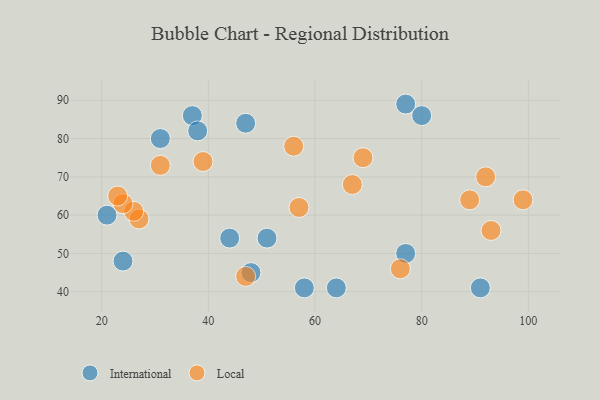
{"axis": {"x": "GDP", "y": "Life Expectancy"}, "legend": ["International", "Local"], "data": [{"x": "21", "y": 60, "type": "International"}, {"x": "77", "y": 89, "type": "International"}, {"x": "37", "y": 86, "type": "International"}, {"x": "77", "y": 50, "type": "International"}, {"x": "80", "y": 86, "type": "International"}, {"x": "44", "y": 54, "type": "International"}, {"x": "24", "y": 48, "type": "International"}, {"x": "58", "y": 41, "type": "International"}, {"x": "91", "y": 41, "type": "International"}, {"x": "64", "y": 41, "type": "International"}, {"x": "47", "y": 84, "type": "International"}, {"x": "31", "y": 80, "type": "International"}, {"x": "51", "y": 54, "type": "International"}, {"x": "38", "y": 82, "type": "International"}, {"x": "48", "y": 45, "type": "International"}, {"x": "92", "y": 70, "type": "Local"}, {"x": "39", "y": 74, "type": "Local"}, {"x": "57", "y": 62, "type": "Local"}, {"x": "31", "y": 73, "type": "Local"}, {"x": "69", "y": 75, "type": "Local"}, {"x": "56", "y": 78, "type": "Local"}, {"x": "76", "y": 46, "type": "Local"}, {"x": "27", "y": 59, "type": "Local"}, {"x": "93", "y": 56, "type": "Local"}, {"x": "89", "y": 64, "type": "Local"}, {"x": "26", "y": 61, "type": "Local"}, {"x": "24", "y": 63, "type": "Local"}, {"x": "67", "y": 68, "type": "Local"}, {"x": "99", "y": 64, "type": "Local"}, {"x": "23", "y": 65, "type": "Local"}, {"x": "47", "y": 44, "type": "Local"}]}